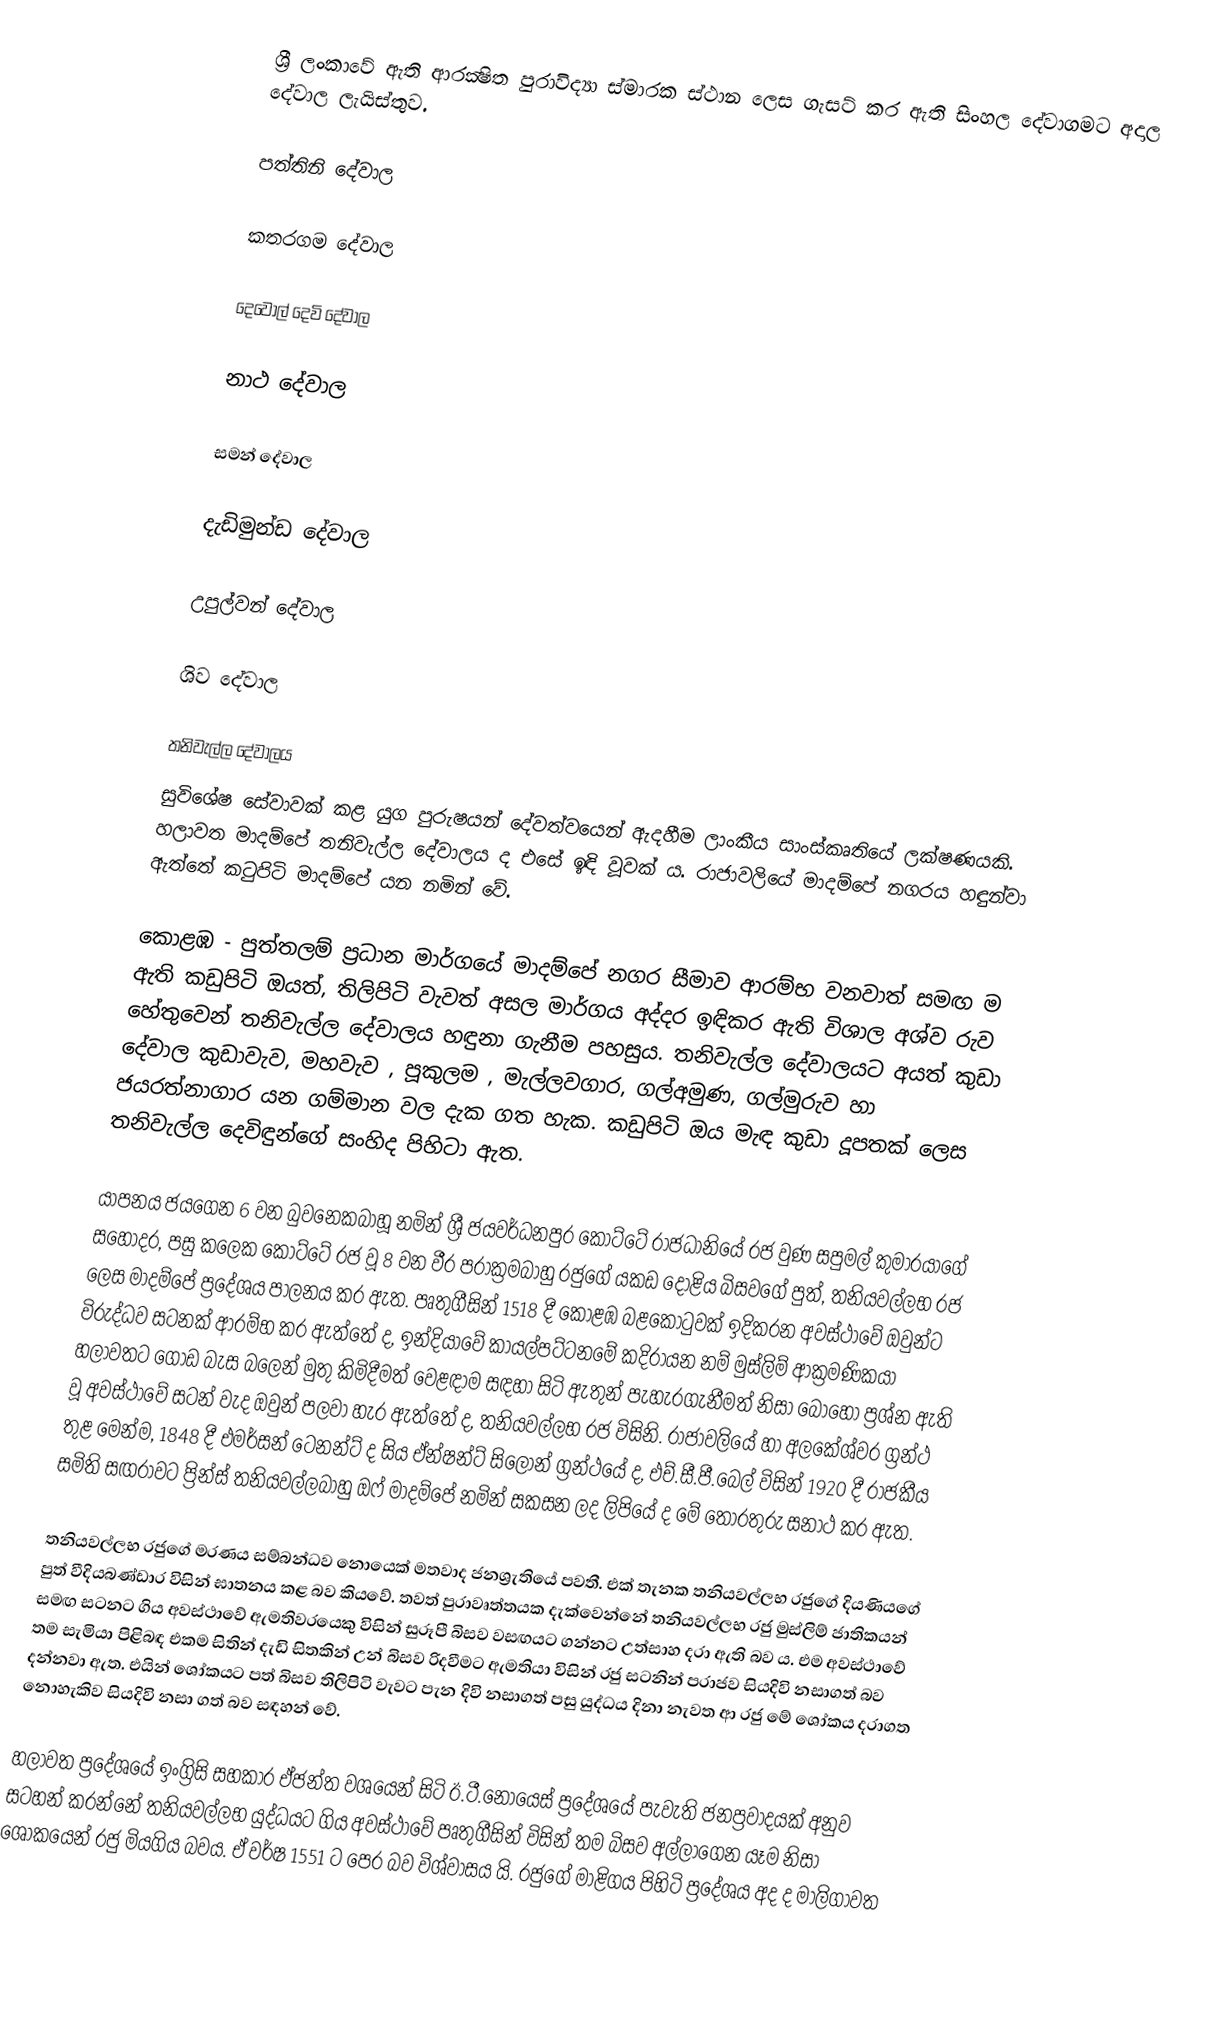
ශ්‍රී ලංකාවේ ඇති ආරක්‍ෂිත පුරාවිද්‍යා ස්මාරක ස්ථාන ලෙස ගැසට් කර ඇති සිංහල දේවාගමට අදාල දේවාල ලැයිස්තුව.

පත්තිනි දේවාල

කතරගම දේවාල

දෙවොල් දෙවි දේවාල

නාථ දේවාල

සමන් දේවාල

දැඩිමුන්ඩ දේවාල

උපුල්වන් දේවාල

ශිව දේවාල

තනිවැල්ල දේවාලය
සුවිශේෂ සේවාවක් කළ යුග පුරුෂයන් දේවත්වයෙන් ඇදහීම ලාංකීය සාංස්කෘතියේ ලක්ෂණයකි. හලාවත මාදම්පේ තනිවැල්ල දේවාලය ද එසේ ඉඳි වූවක් ය. රාජාවලියේ මාදම්පේ නගරය හඳුන්වා ඇත්තේ කටුපිටි මාදම්පේ යන නමින් වේ.

කොළඹ - පුත්තලම් ප්‍රධාන මාර්ගයේ මාදම්පේ නගර සීමාව ආරම්භ වනවාත් සමඟ ම ඇති කඩුපිටි ඔයත්, තිලිපිටි වැවත් අසල මාර්ගය අද්දර ඉඳිකර ඇති විශාල අශ්ව රුව හේතුවෙන් තනිවැල්ල දේවාලය හඳුනා ගැනීම පහසුය. තනිවැල්ල දේවාලයට අයත් කුඩා දේවාල කුඩාවැව, මහවැව , පූකුලම , මැල්ලවගාර, ගල්අමුණ, ගල්මුරුව හා ජයරත්නාගාර යන ගම්මාන වල දැක ගත හැක. කඩුපිටි ඔය මැඳ කුඩා දූපතක් ලෙස තනිවැල්ල දෙවිඳුන්ගේ සංහිද පිහිටා ඇත.

යාපනය ජයගෙන 6 වන බුවනෙකබාහූ නමින් ශ්‍රී ජයවර්ධනපුර කෝට්ටේ රාජධානියේ රජ වුණ සපුමල් කුමාරයාගේ සහොදර, පසු කලෙක කෝට්ටේ රජ වූ 8 වන වීර පරාක්‍රමබාහු රජුගේ යකඩ දෝළිය බිසවගේ පුත්, තනියවල්ලභ රජ ලෙස මාදම්පේ ප්‍රදේශය පාලනය කර ඇත. පෘතුගීසින් 1518 දී කොළඹ බළකොටුවක් ඉදිකරන අවස්ථාවේ ඔවුන්ට විරුද්ධව සටනක් ආරම්භ කර ඇත්තේ ද,  ඉන්දියාවේ කායල්පට්ටනමේ කදිරායන නම් මුස්ලිම් ආක්‍රමණිකයා හලාවතට ගොඩ බැස බලෙන් මුතු කිමිදීමත් වෙළඳාම සඳහා සිටි ඇතුන් පැහැරගැනීමත් නිසා බොහෝ ප්‍රශ්න ඇති වූ අවස්ථාවේ සටන් වැද ඔවුන් පලවා හැර ඇත්තේ ද, තනියවල්ලභ රජ විසිනි. රාජාවලියේ හා අලකේශ්වර ග්‍රන්ථ තුළ මෙන්ම, 1848 දී එමර්සන් ටෙනන්ට් ද සිය ඒන්ෂන්ට් සිලෝන් ග්‍රන්ථයේ ද, එච්.සී.පී.බෙල් විසින් 1920 දී රාජකීය සමිති සඟරාවට ප්‍රින්ස් තනියවල්ලබාහු ඔෆ් මාදම්පේ නමින් සකසන ලද ලිපියේ ද මේ තොරතුරු සනාථ කර ඇත.

තනියවල්ලභ රජුගේ මරණය සම්බන්ධව නොයෙක් මතවාද ජනශ්‍රැතියේ පවතී. එක් තැනක තනියවල්ලභ රජුගේ දියණියගේ පුත් වීදියබණ්ඩාර විසින් ඝාතනය කළ බව කියවේ. තවත් පුරාවෘත්තයක දැක්වෙන්නේ තනියවල්ලභ රජු මුස්ලිම් ජාතිකයන් සමඟ සටනට ගිය අවස්ථාවේ ඇමතිවරයෙකු විසින් සුරූපී බිසව වසඟයට ගන්නට උත්සාහ දරා ඇති බව ය. එම අවස්ථාවේ තම සැමියා පිළිබඳ එකම සිතින් දැඩි සිතකින් උන් බිසව රිදවීමට ඇමතියා විසින් රජු සටනින් පරාජව සියදිවි නසාගත් බව දන්නවා ඇත. එයින් ශෝකයට පත් බිසව තිලිපිටි වැවට පැන දිවි නසාගත් පසු යුද්ධය දිනා නැවත ආ රජු මේ ශෝකය දරාගත නොහැකිව සියදිවි නසා ගත් බව සඳහන් වේ.

හලාවත ප්‍රදේශයේ ඉංග්‍රිසි සහකාර ඒජන්ත වශයෙන් සිටි ඊ.ටී.නොයෙස් ප්‍රදේශයේ පැවැති ජනප්‍රවාදයක් අනුව සටහන් කරන්නේ තනියවල්ලභ යුද්ධයට ගිය අවස්ථාවේ පෘතුගීසින් විසින් තම බිසව අල්ලාගෙන යෑම නිසා ශෝකයෙන් රජු මියගිය බවය. ඒ වර්ෂ 1551 ට පෙර බව විශ්වාසය යි. රජුගේ මාළිගය පිහිටි ප්‍රදේශය අද ද මාලිගාවත